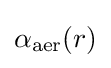
\alpha _{\mathrm {aer} }(r)